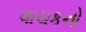
વાચકનો